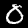
Digit: 0